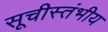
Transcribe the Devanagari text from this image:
सूचीस्तंभीय